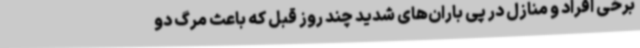
برخی افراد و منازل در پی باران‌های شدید چند روز قبل که باعث مرگ دو